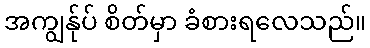
အကျွန်ုပ် စိတ်မှာ ခံစားရလေသည်။